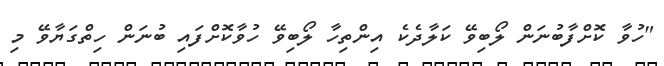
"ހުވާ ކޮށްފާބުނަން ލޯބިވޭ ކަލާދެކެ އިންތިހާ ލޯބިވޭ ހުވާކޮށްފައި ބުނަން ހިތްގަޔާވޭ މި